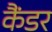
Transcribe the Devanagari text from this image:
कैंडर